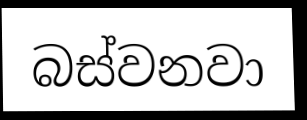
බස්වනවා